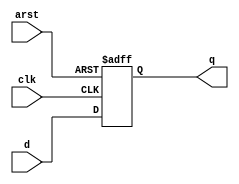
module dffa(clk, arst, d, q);
input clk, arst, d;
output reg q;
always @(posedge clk or posedge arst) begin
	if (arst)
		q <= 1;
	else
		q <= d;
end
endmodule